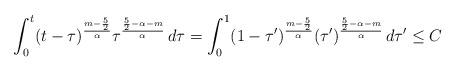
LaTeX: \begin{align*}\int_0^t (t-\tau)^{\frac{m-\frac52}{\alpha}}\tau^{\frac{\frac52-\alpha-m}{\alpha}}\, d\tau=\int_0^1 (1-\tau')^{\frac{m-\frac52}{\alpha}}(\tau')^{\frac{\frac52-\alpha-m}{\alpha}}\, d\tau'\leq C\end{align*}